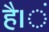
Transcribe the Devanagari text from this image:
है।ं